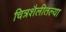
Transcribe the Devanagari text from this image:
चित्रशैलीतल्या